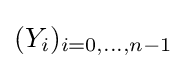
(Y_{i})_{i=0,\dots ,n-1}